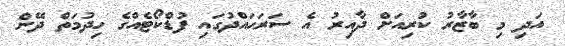
އަދި މި ބާޒާރު ކުރިއަށް ދާއިރު އެ ސަރަހައްދުގައި ފުޑްކޯޓެއްގެ ހިދުމަތް ދޭން